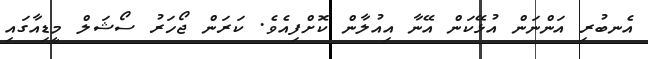
އެނބުރި އަންނަން އުޅޭކަން އޭނާ އިއުލާން ކޮށްފިއެވެ. ކަރަން ޖޯހަރު ސޯޝަލް މީޑިއާގައި